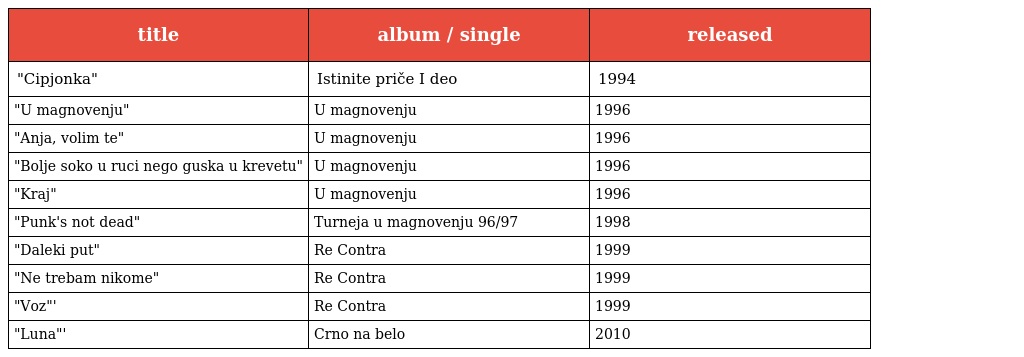
| title | album / single | released |
 | --- | --- | --- |
 | "Cipjonka" | Istinite priče I deo | 1994 |
 | "U magnovenju" | U magnovenju | 1996 |
 | "Anja, volim te" | U magnovenju | 1996 |
 | "Bolje soko u ruci nego guska u krevetu" | U magnovenju | 1996 |
 | "Kraj" | U magnovenju | 1996 |
 | "Punk's not dead" | Turneja u magnovenju 96/97 | 1998 |
 | "Daleki put" | Re Contra | 1999 |
 | "Ne trebam nikome" | Re Contra | 1999 |
 | "Voz"' | Re Contra | 1999 |
 | "Luna"' | Crno na belo | 2010 |